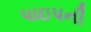
પાઇપની